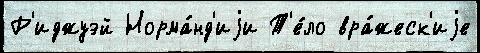
Р'иджуэй Норма́нд'иjи Т'е́ло вра́жеск'иjе